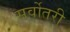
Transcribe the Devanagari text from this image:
सर्वोतरी